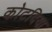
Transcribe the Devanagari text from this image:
कोटदिया